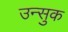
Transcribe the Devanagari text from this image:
उन्सुक